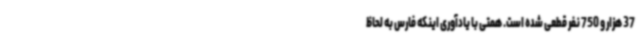
37 هزار و 750 نفر قطعی شده است. همتی با یادآوری اینکه فارس به لحاظ